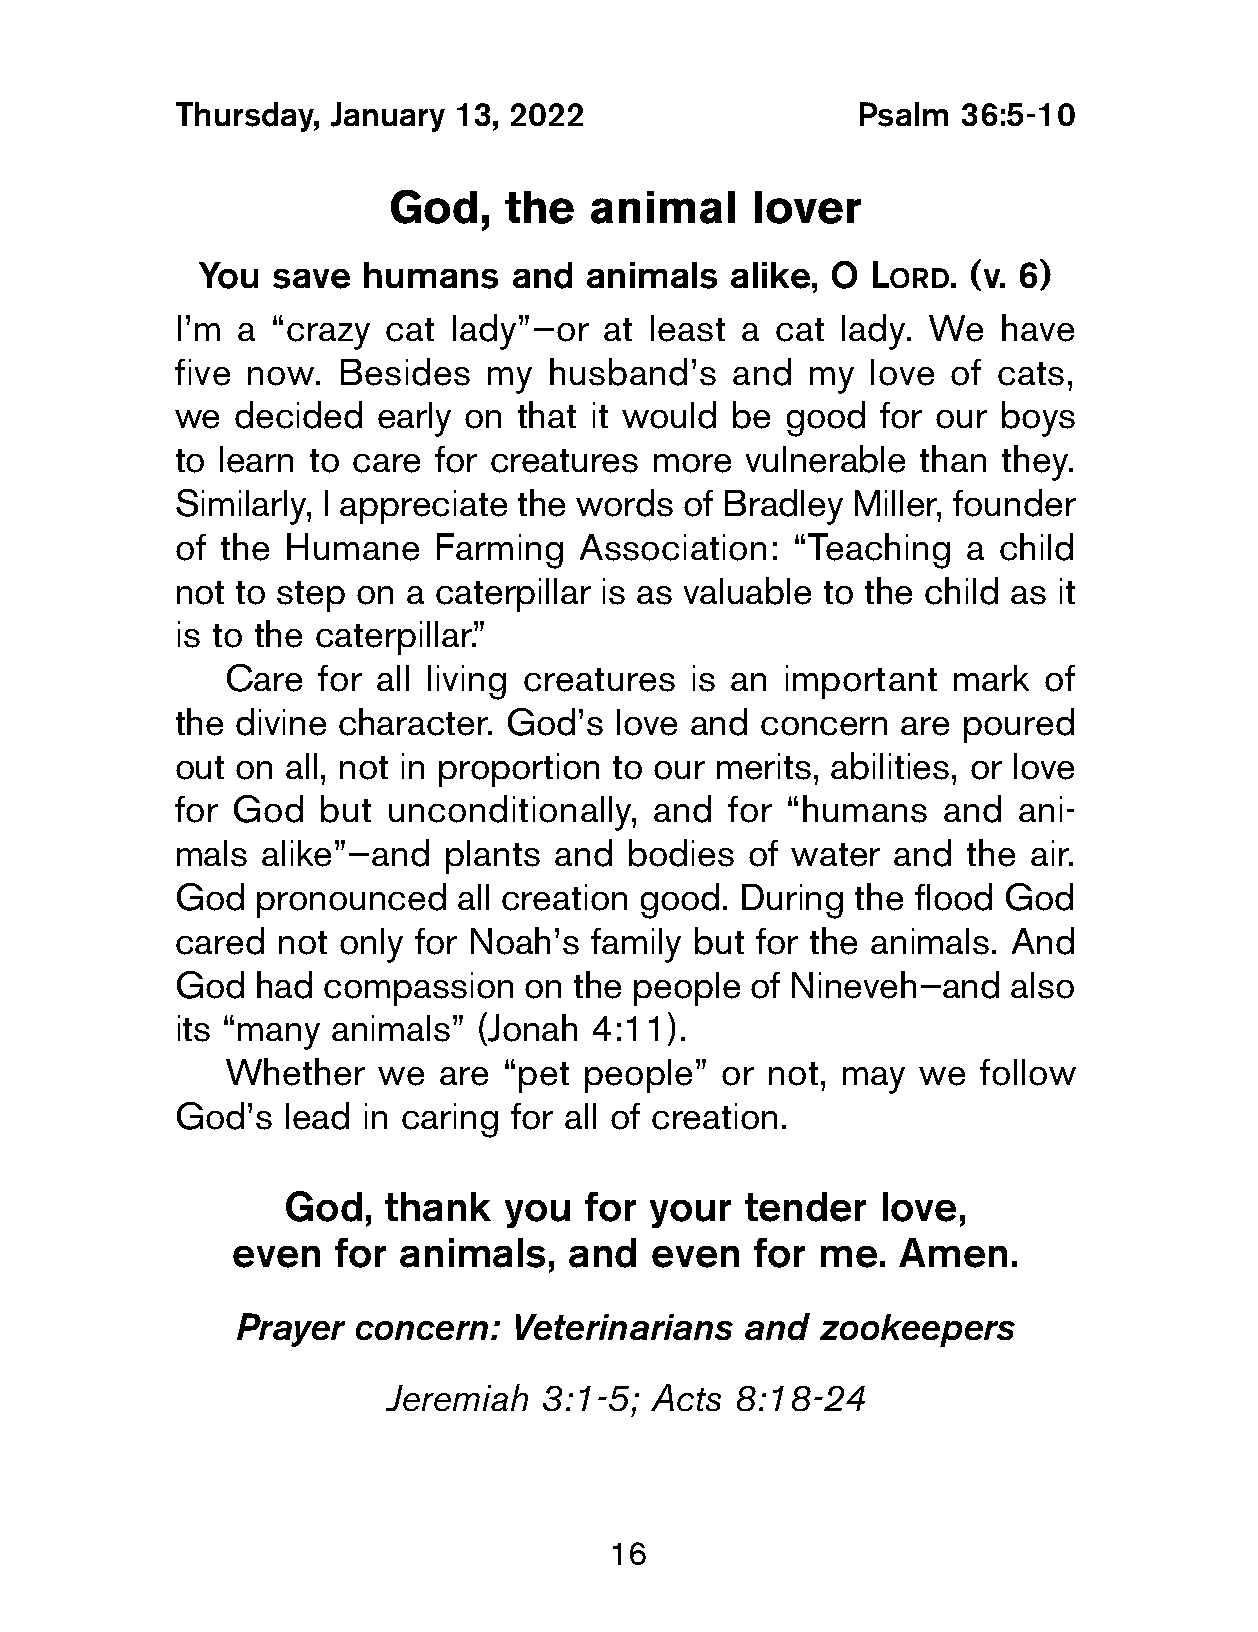
Thursday,  January 13, 2022                   Psalm 36:5-10
 God,   the   animal     lover
 You  save  humans    and  animals  alike, O L     . (v. 6)
 ord
 I’m  a “crazy cat  lady”—or  at least a cat lady. We   have
 five now.  Besides   my  husband’s   and  my  love  of cats,
 we  decided   early on that it would be  good  for our boys
 to learn to care  for creatures more  vulnerable  than they.
 Similarly, I appreciate the words of Bradley Miller, founder
 of the  Humane    Farming  Association:  “Teaching   a child
 not  to step on a caterpillar is as valuable to the child as it
 is to the caterpillar.”
 Care  for all living creatures is an important  mark  of
 the  divine character. God’s  love and concern   are poured
 out  on all, not in proportion to our merits, abilities, or love
 for God   but  unconditionally, and  for “humans   and  ani-
 mals  alike”—and  plants  and bodies  of water  and  the air.
 God   pronounced   all creation good. During the flood God
 cared  not only for Noah’s  family but for the animals. And
 God   had compassion    on the people  of Nineveh—and   also
 its “many  animals” (Jonah  4:11).
 Whether   we  are “pet people”   or not, may  we  follow
 God’s   lead in caring for all of creation.
 God,  thank   you   for your  tender   love,
 even   for animals,    and  even   for me.  Amen.
 Prayer  concern:   Veterinarians  and  zookeepers
 Jeremiah   3:1-5; Acts  8:18-24
 16